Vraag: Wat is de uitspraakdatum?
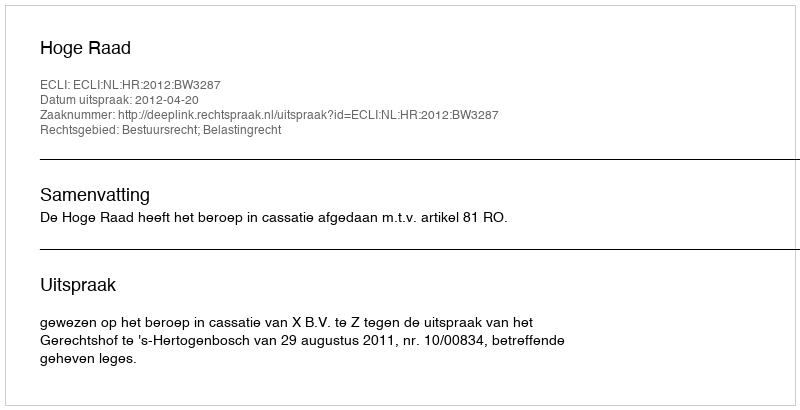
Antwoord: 2012-04-20